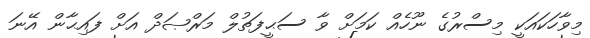
މިވާހަކައަކީ މިސްރުގެ ނޫހެއް ކަމަށް ވާ ސަޙީފަތުލް މަރްޞަދް އަށް ފައިޙާން އޭނަ